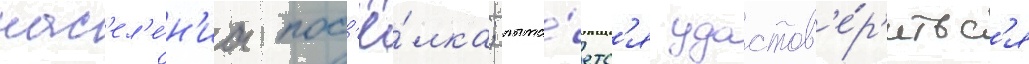
нас'ел'е́н'иа пос'ё́лка; пыта́етс'я удостов'е́р'итьс'я